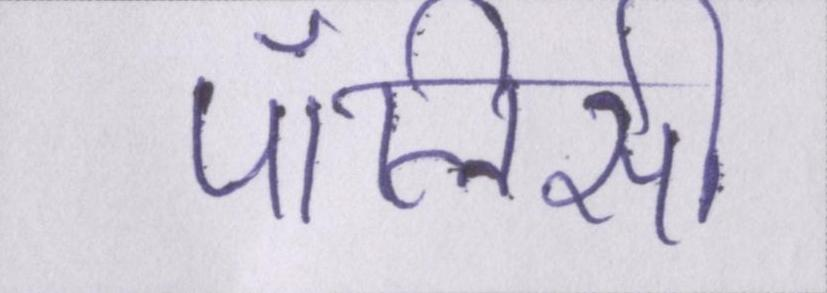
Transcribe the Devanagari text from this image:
पॉलिसी